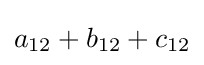
a_{12}+b_{12}+c_{12}